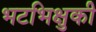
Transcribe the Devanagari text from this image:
भटभिक्षुकी